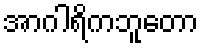
အာဂါရိကဘူတော